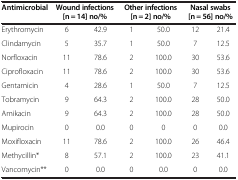
<table><thead><tr><td><b>Antimicrobial</b></td><td colspan="2"><b>Wound infections [n = 14] no/%</b></td><td colspan="2"><b>Other infections [n = 2] no/%</b></td><td colspan="2"><b>Nasal swabs [n = 56] no/%</b></td></tr></thead><tbody><tr><td>Erythromycin</td><td>6</td><td>42.9</td><td>1</td><td>50.0</td><td>12</td><td>21.4</td></tr><tr><td>Clindamycin</td><td>5</td><td>35.7</td><td>1</td><td>50.0</td><td>7</td><td>12.5</td></tr><tr><td>Norfloxacin</td><td>11</td><td>78.6</td><td>2</td><td>100.0</td><td>30</td><td>53.6</td></tr><tr><td>Ciprofloxacin</td><td>11</td><td>78.6</td><td>2</td><td>100.0</td><td>30</td><td>53.6</td></tr><tr><td>Gentamicin</td><td>4</td><td>28.6</td><td>1</td><td>50.0</td><td>7</td><td>12.5</td></tr><tr><td>Tobramycin</td><td>9</td><td>64.3</td><td>2</td><td>100.0</td><td>28</td><td>50.0</td></tr><tr><td>Amikacin</td><td>9</td><td>64.3</td><td>2</td><td>100.0</td><td>28</td><td>50.0</td></tr><tr><td>Mupirocin</td><td>0</td><td>0.0</td><td>0</td><td>0</td><td>0</td><td>0.0</td></tr><tr><td>Moxifloxacin</td><td>11</td><td>78.6</td><td>2</td><td>100.0</td><td>26</td><td>46.4</td></tr><tr><td>Methycillin*</td><td>8</td><td>57.1</td><td>2</td><td>100.0</td><td>23</td><td>41.1</td></tr><tr><td>Vancomycin**</td><td>0</td><td>0.0</td><td>0</td><td>0.0</td><td>0</td><td>0.0</td></tr></tbody></table>